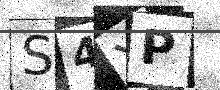
Text: S4YP